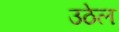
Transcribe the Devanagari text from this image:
उठेल